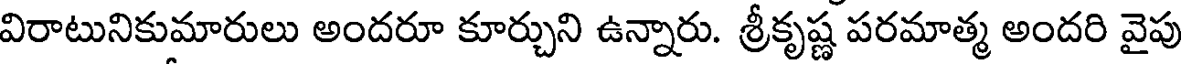
విరాటునికుమారులు అందరూ కూర్చుని ఉన్నారు. శ్రీకృష్ణ పరమాత్మ అందరి వైపు